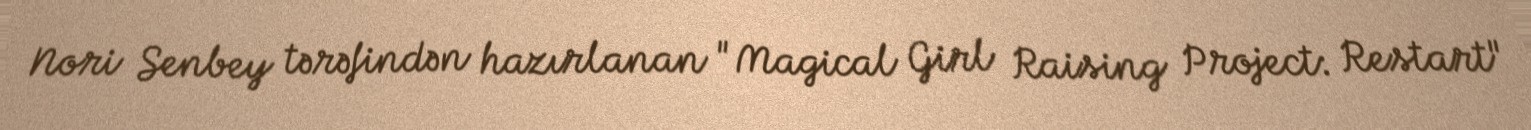
Nori Senbey tərəfindən hazırlanan "Magical Girl Raising Project: Restart"